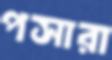
পসারা